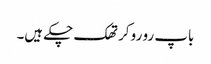
باپ رو رو کر تھک چکے ہیں۔